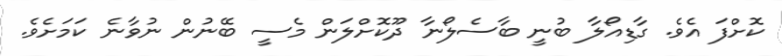
ކޮށްފަ އެވެ. ގާޑިއޯލާ ބުނީ ބާސެލޯނާ ދޫކޮށްލަން މެސީ ބޭނުން ނުވާނެ ކަމަށެވެ.